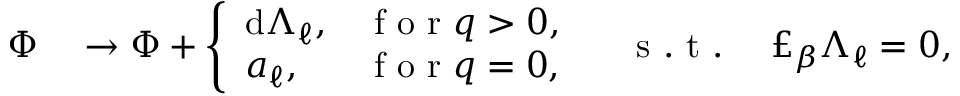
\begin{array} { r l } { \Phi } & { { } \to \Phi + \left\{ \begin{array} { l l } { \mathrm { d } \Lambda _ { \ell } , } & { \mathrm { ~ f ~ o ~ r ~ } q > 0 , } \\ { a _ { \ell } , } & { \mathrm { ~ f ~ o ~ r ~ } q = 0 , } \end{array} \right. \quad \mathrm { ~ s ~ . ~ t ~ . ~ } \quad \pounds _ { \beta } \Lambda _ { \ell } = 0 , } \end{array}